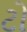
ટો